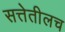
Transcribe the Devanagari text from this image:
सत्तेतीलच